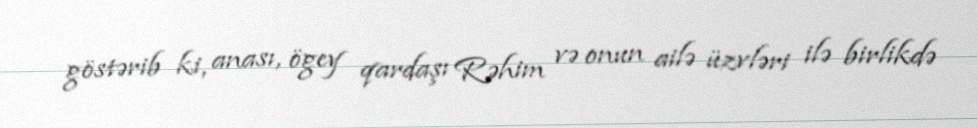
göstərib ki, anası, ögey qardaşı Rəhim və onun ailə üzvləri ilə birlikdə